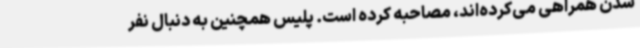
شدن همراهی می‌کرده‌اند، مصاحبه کرده است. پلیس همچنین به دنبال نفر